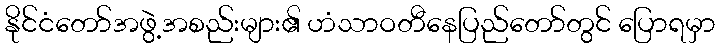
နိုင်ငံတော်အဖွဲ့အစည်းများ၏ ဟံသာဝတီနေပြည်တော်တွင် ပြောရမှာ